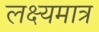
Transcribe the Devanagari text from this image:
लक्ष्यमात्र